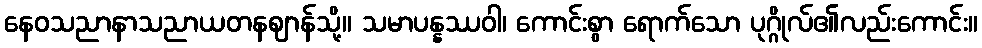
နေဝသညာနာသညာယတနဈာန်သို့။ သမာပန္နဿဝါ၊ ကောင်းစွာ ရောက်သော ပုဂ္ဂိုလ်၏လည်းကောင်း။